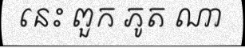
នេះ ពួក ភូត ណា